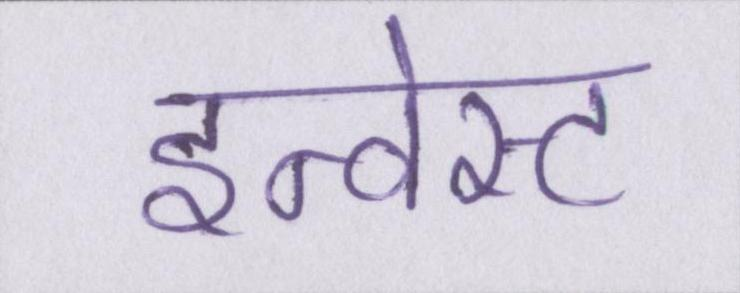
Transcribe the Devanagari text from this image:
इन्वेस्ट